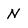
Character: N